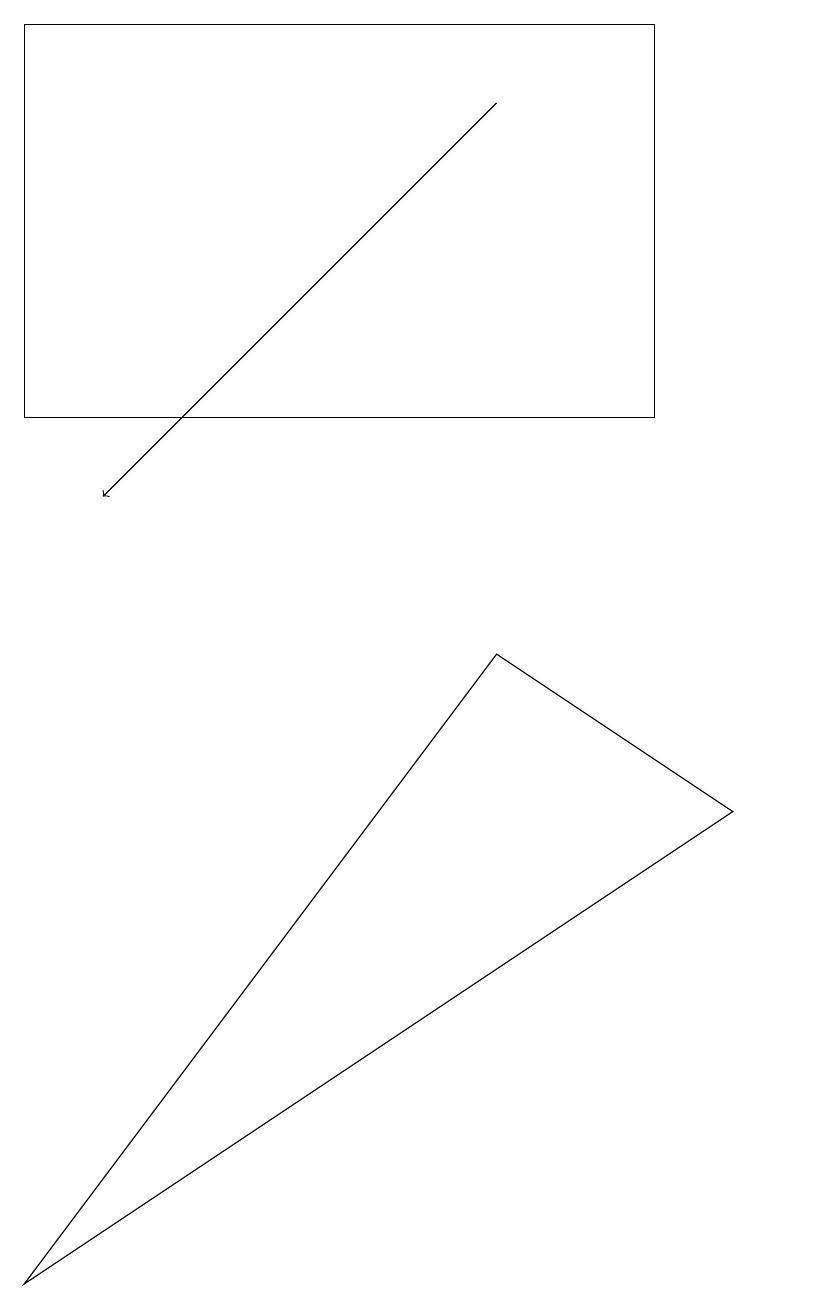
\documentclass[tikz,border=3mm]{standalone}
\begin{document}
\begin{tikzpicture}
\draw (8,17) rectangle (0,12);
\draw (10,12) circle (0);
\draw[->] (6,16) -- (1,11);
\draw (6,9) -- (0,1) -- (9,7) -- cycle;
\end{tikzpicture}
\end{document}